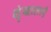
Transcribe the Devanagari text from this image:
शृंखालाएँ